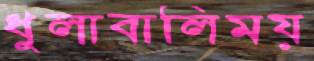
ধুলাবালিময়